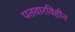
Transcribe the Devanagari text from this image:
पतवारविहीन